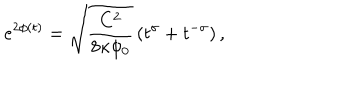
e ^ { 2 \phi ( t ) } = \sqrt { \frac { C ^ { 2 } } { 8 \kappa \phi _ { 0 } } } \left( t ^ { \sigma } + t ^ { - \sigma } \right) ,